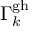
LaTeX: \Gamma _ { k } ^ { \mathrm { g h } }